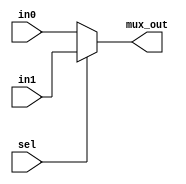
module multiplexor
#(
  parameter WIDTH=5
 ) 
 (
    input         [WIDTH-1:0]     in0,
    input         [WIDTH-1:0]     in1,
    input                         sel,
    output reg    [WIDTH-1:0]     mux_out 
 );
always @(*)
begin
    if (sel)
    mux_out=in1;
    else
    mux_out=in0; 
end 
endmodule